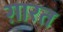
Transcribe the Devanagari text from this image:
ग़ारत